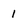
Character: 1